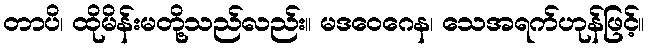
တာပိ၊ ထိုမိန်းမတို့သည်လည်း။ မဒဝေဂေန၊ သေအရက်ဟုန်ဖြင့်။